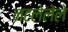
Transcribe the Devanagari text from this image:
नटलेलेले